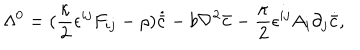
\Lambda ^ { 0 } = ( \frac { \kappa } { 2 } \epsilon ^ { i j } F _ { i j } - \rho ) \dot { { \bar { c } } } - b \nabla ^ { 2 } { \bar { c } } - \frac { \kappa } { 2 } \epsilon ^ { i j } A _ { i } \partial _ { j } \dot { { \bar { c } } } ,